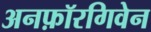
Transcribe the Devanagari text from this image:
अनफ़ॉरगिवेन